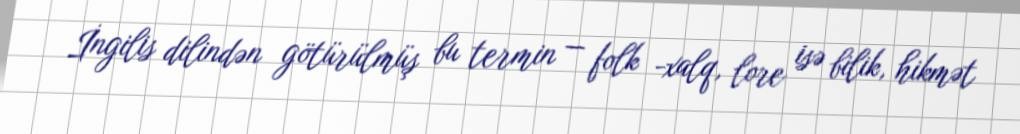
İngilis dilindən götürülmüş bu termin — folk -xalq, lore isə bilik, hikmət